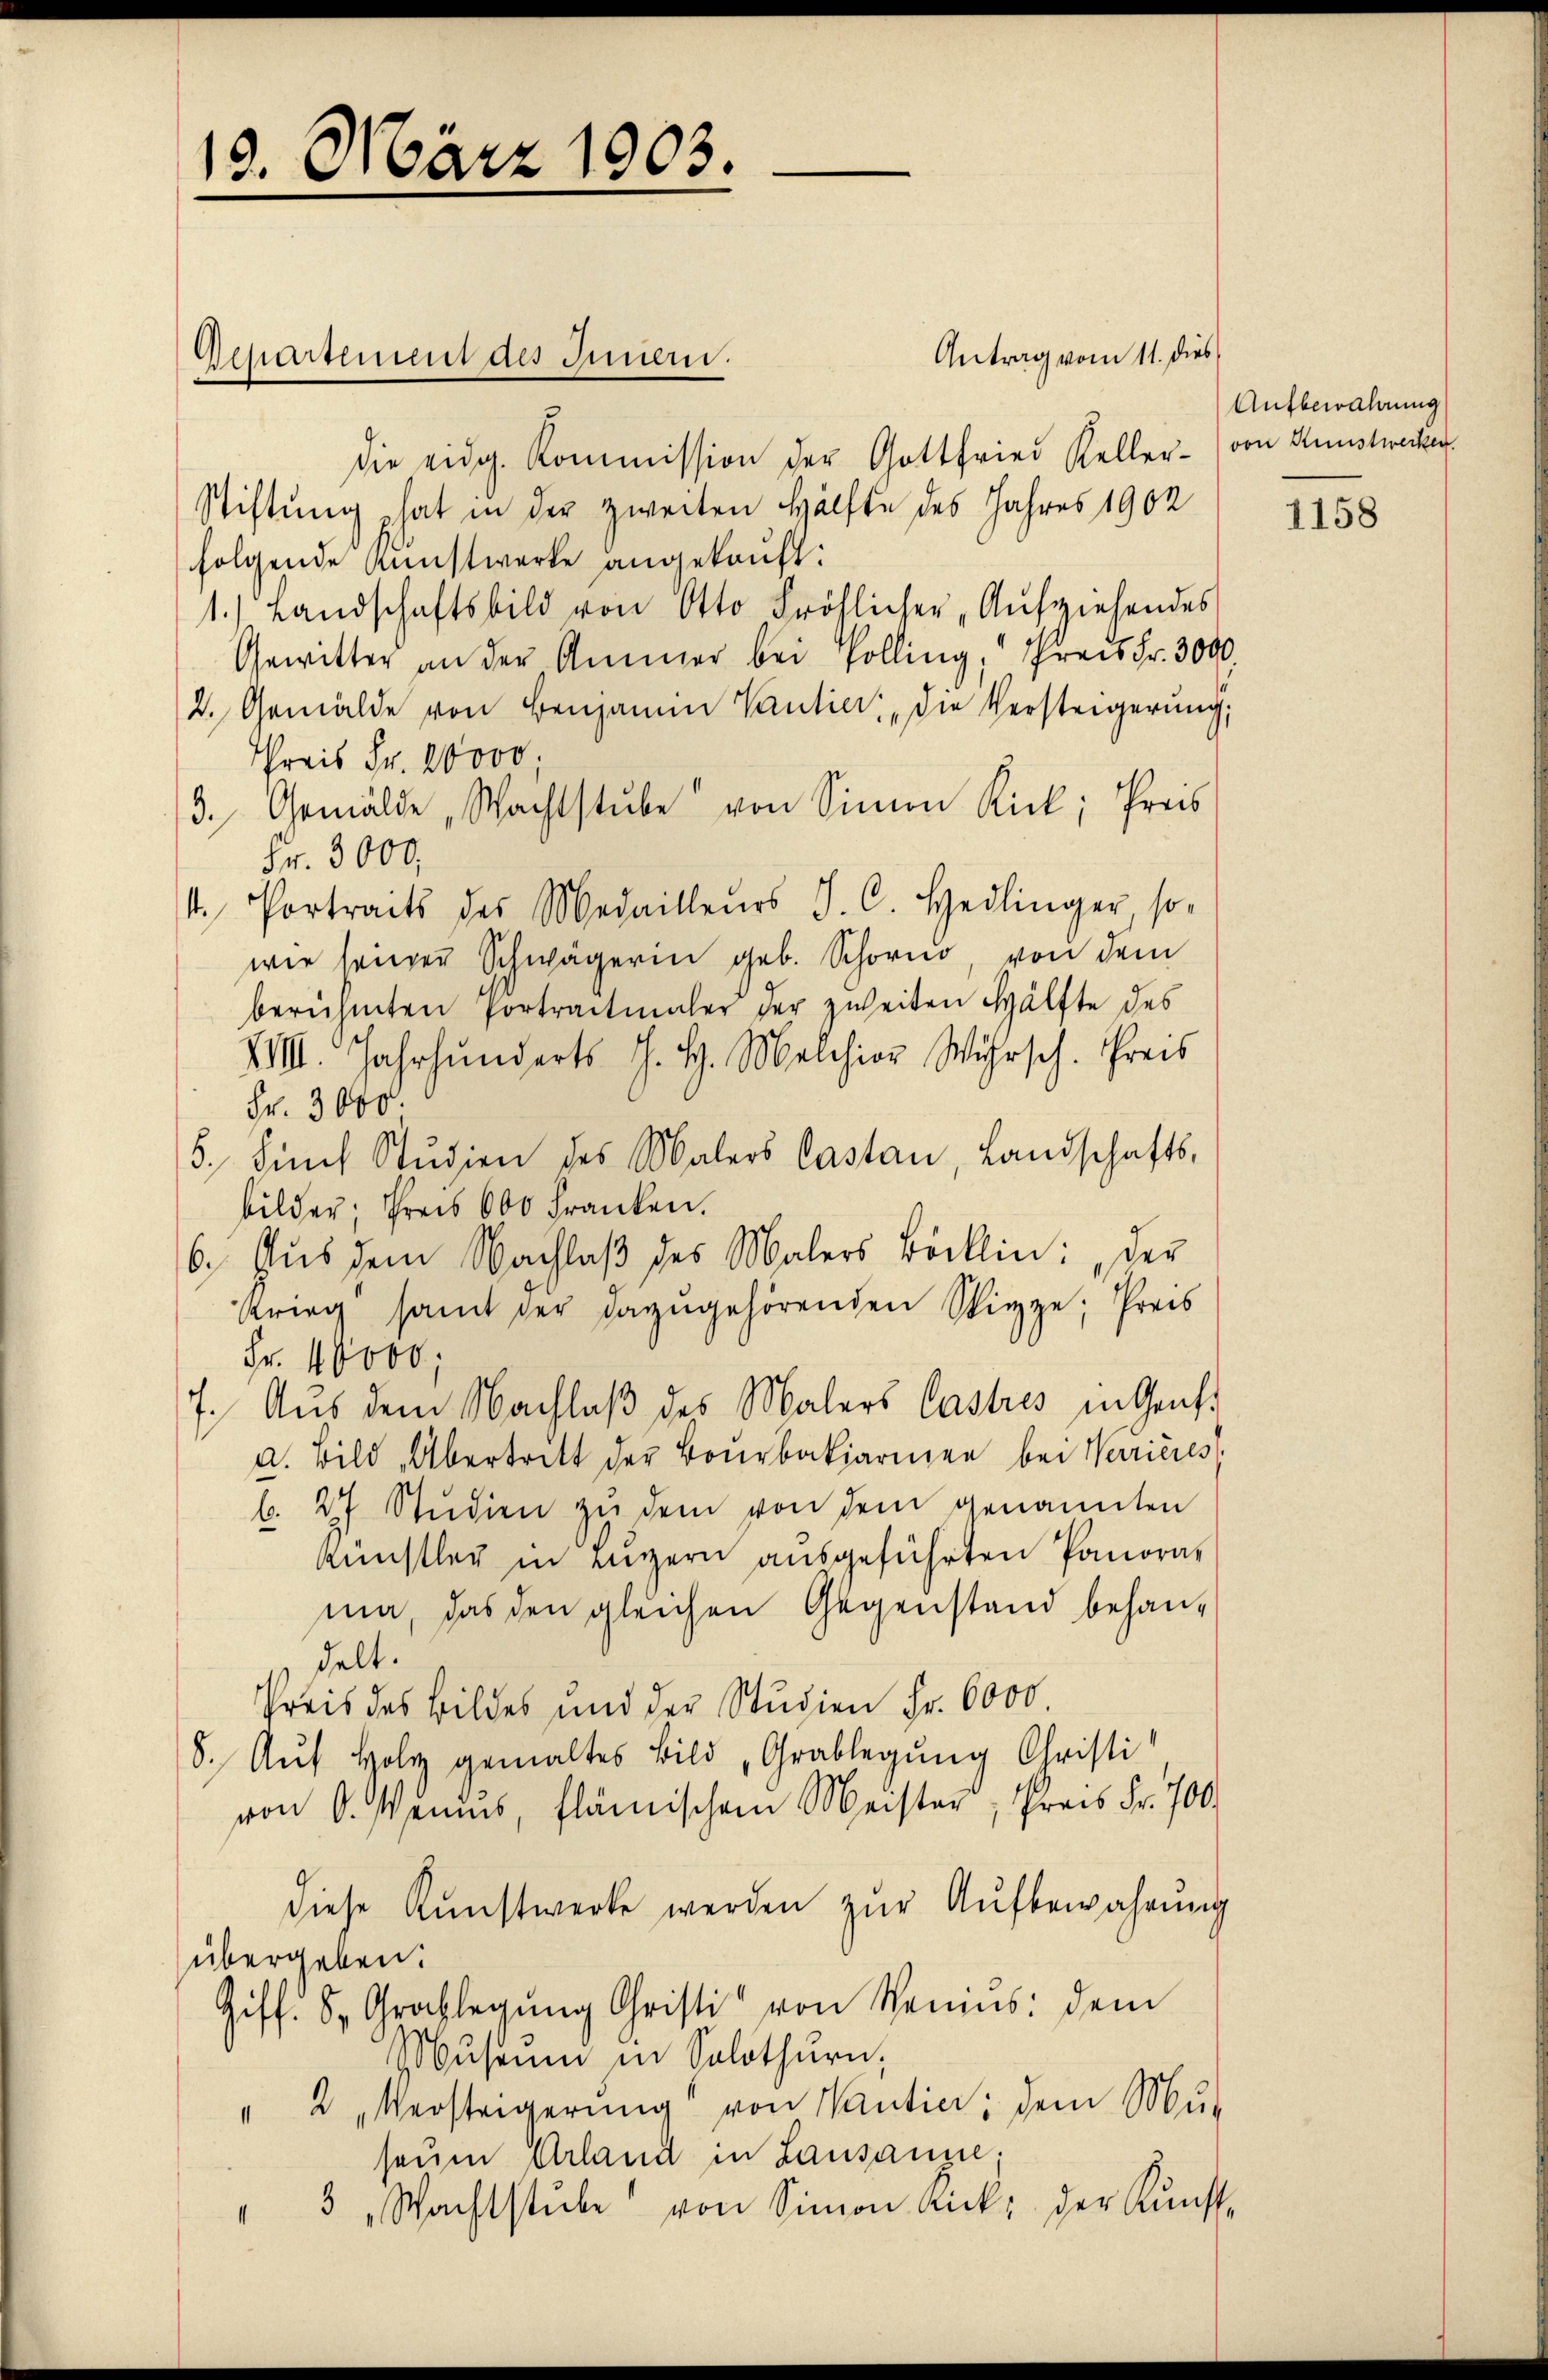
13. März 1903.

Aepartement des Innen.

die eidg. Kommission der Gottfried Keller- von Kunstwerken.
Stiftung hat in der zweiten Hälfte des Jahres 1902
folgende Kunstwerke angekauft:
1.) Landschaftsbild von Otto Fröhlicher „Aufziehendes
Gewitter an der Ammer bei Polling, Preis Fr. 3000
2. Gemälde von Benjamin Kantier die Versteigerung;
Preis Fr. 10000.
3. Gemälde, Wachtstube von Sinne Rick; Preis
Fr. 3000,
1. Portraits des Medailleurs J. C. Hedlinger, so-
wie seiner Schwägerin geb. Schorn von dem
berühmten Portractmaler der zweiten Hälfte des
VIII. Jahrhunderts J. H. Melchior Wahrsch. Preis
Fr. 3000.
5. Furch Studien des Malers Castan, Landschafts-
bilder. Preis 600 Franken.
6. Aus dem Nachlaβ des Malers Böcklin: „der
Krieg samt der dazugehörenden Stiege; Preis
Fr. 40000;
7. Aus dem Nachlaß des Malers Castres in Graf
a. Bild „Übertritt der Bourbakiarinen bei Verrieres
b. 27 Stŭdien zŭ dem von dem genannten
künstler in Luzern ausgeführten Panorar
ma, das den gleichen Gegenstand behandelt.
Preis des Bildes und der Studien Fr. 6000.
8. Aŭf Holz gemaltes Bild „Grablegung Christi
von A. Weins, flämischen Meister, Preis Fr. 700.
diese Kŭnstwerke werden zŭr Aŭfbewahrung
übergeben
Giff. S. Grablegŭng Christi von Seniŭs: dem
Museum in Solothurn,
2 Verstrigerŭng von Kantier; dem Mu-
II
seum Erland in Lausanne;
3 „Wachtstŭbe von Simon Rick der Kunst-
1

Antrag vom 11. dies

Aufbewahrung

1158